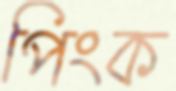
পিংক